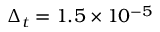
\Delta _ { t } = 1 . 5 \times 1 0 ^ { - 5 }